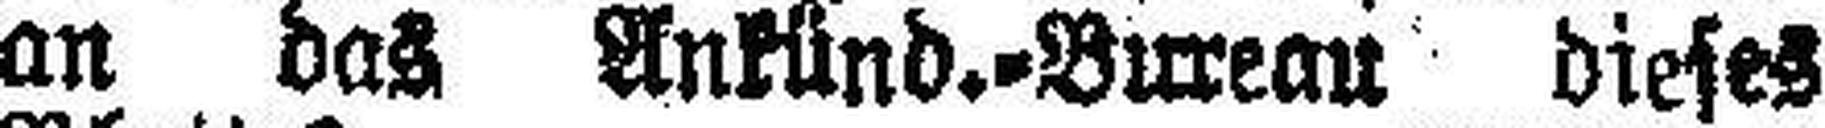
an das Ankünd.=Bureau dieses